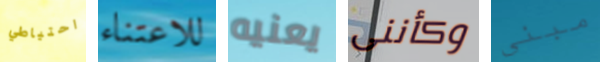
احتياطي للاعتناء يعنيه وكأننى مبنى